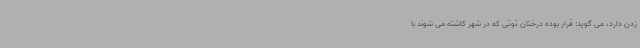
زدن دارد، می گوید: قرار بوده درختان توتی که در شهر کاشته می شوند با